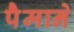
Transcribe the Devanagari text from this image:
पैेमाने